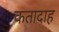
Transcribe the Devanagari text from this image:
कतादाह